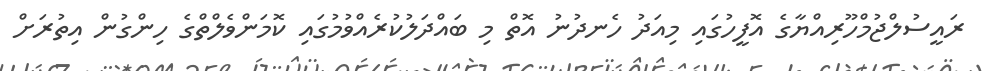
ރައީސުލްޖުމްހޫރިއްޔާގެ އޮފީހުގައި މިއަދު ހެނދުނު އޮތް މި ބައްދަލުކުރެއްވުމުގައި ކޮމަންވެލްތްގެ ހިންގުން އިތުރަށް